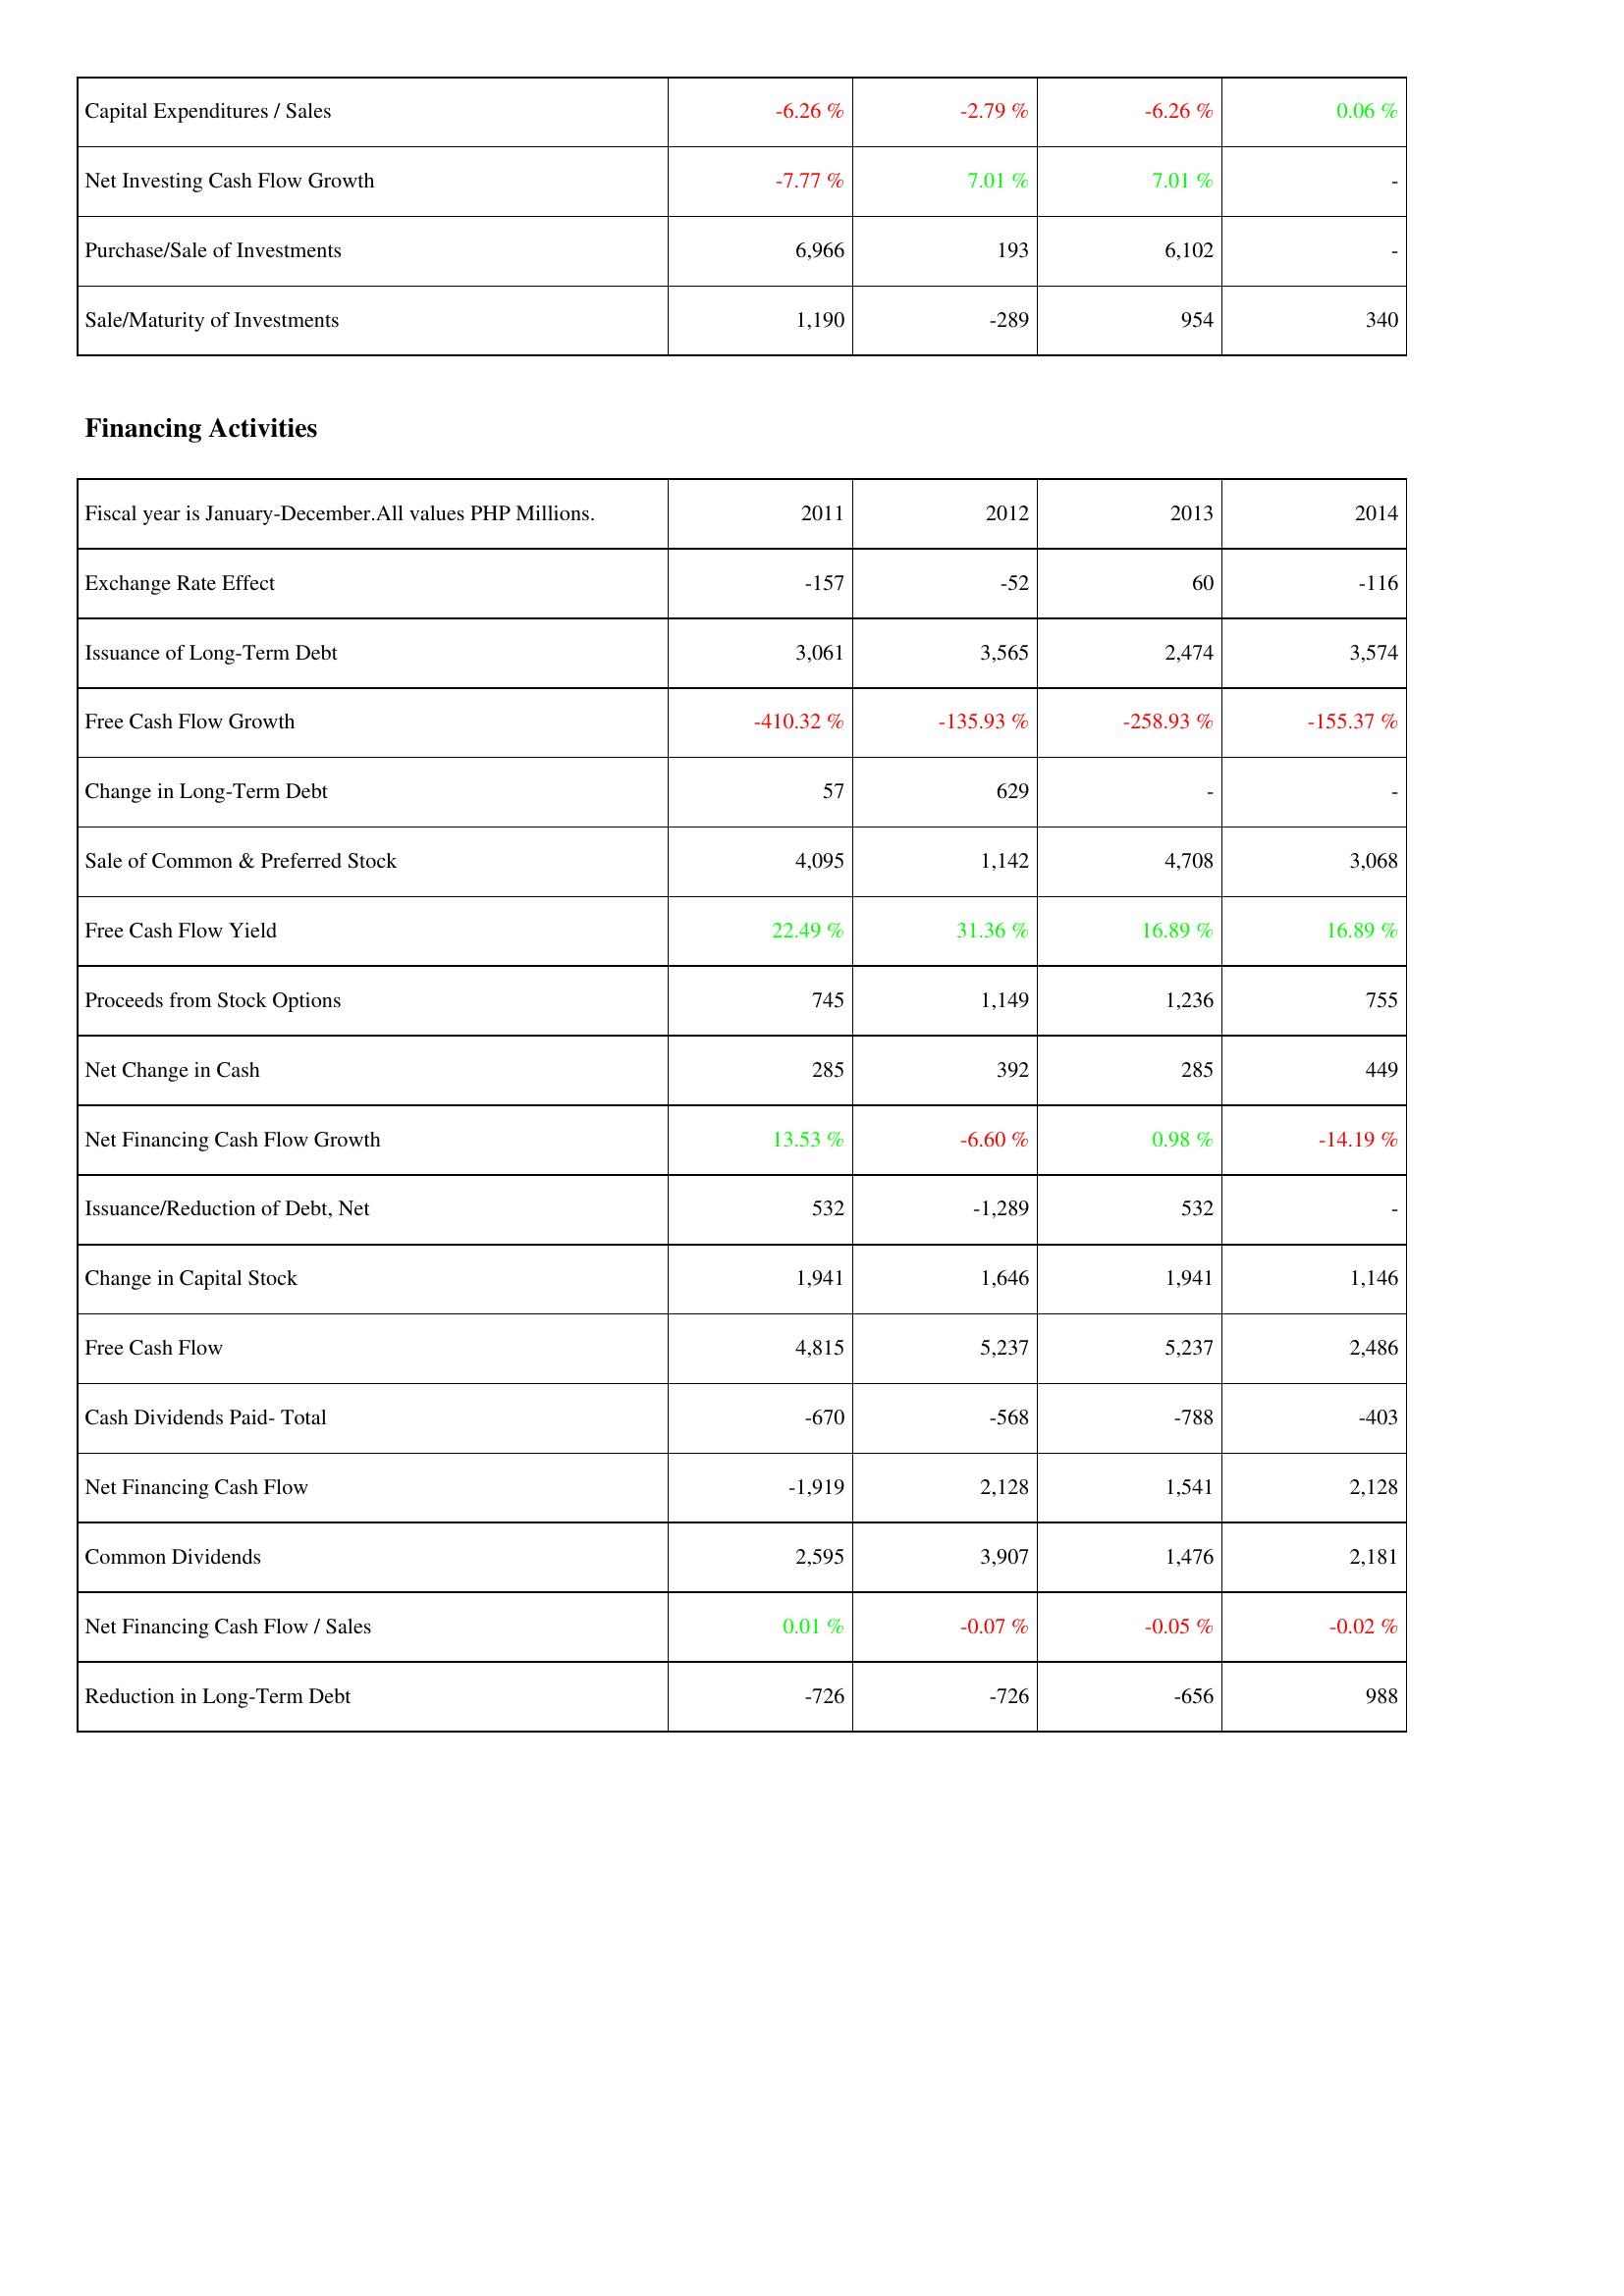
2011: Investing Activities: Capital Expenditures / Sales: -6.26 %
Net Investing Cash Flow Growth: -7.77 %
Purchase/Sale of Investments: 6,966
Sale/Maturity of Investments: 1,190
Financing Activities: Exchange Rate Effect: -157
Issuance of Long-Term Debt: 3,061
Free Cash Flow Growth: -410.32 %
Change in Long-Term Debt: 57
Sale of Common & Preferred Stock: 4,095
Free Cash Flow Yield: 22.49 %
Proceeds from Stock Options: 745
Net Change in Cash: 285
Net Financing Cash Flow Growth: 13.53 %
Issuance/Reduction of Debt, Net: 532
Change in Capital Stock: 1,941
Free Cash Flow: 4,815
Cash Dividends Paid- Total: -670
Net Financing Cash Flow: -1,919
Common Dividends: 2,595
Net Financing Cash Flow / Sales: 0.01 %
Reduction in Long-Term Debt: -726
2012: Investing Activities: Capital Expenditures / Sales: -2.79 %
Net Investing Cash Flow Growth: 7.01 %
Purchase/Sale of Investments: 193
Sale/Maturity of Investments: -289
Financing Activities: Exchange Rate Effect: -52
Issuance of Long-Term Debt: 3,565
Free Cash Flow Growth: -135.93 %
Change in Long-Term Debt: 629
Sale of Common & Preferred Stock: 1,142
Free Cash Flow Yield: 31.36 %
Proceeds from Stock Options: 1,149
Net Change in Cash: 392
Net Financing Cash Flow Growth: -6.60 %
Issuance/Reduction of Debt, Net: -1,289
Change in Capital Stock: 1,646
Free Cash Flow: 5,237
Cash Dividends Paid- Total: -568
Net Financing Cash Flow: 2,128
Common Dividends: 3,907
Net Financing Cash Flow / Sales: -0.07 %
Reduction in Long-Term Debt: -726
2013: Investing Activities: Capital Expenditures / Sales: -6.26 %
Net Investing Cash Flow Growth: 7.01 %
Purchase/Sale of Investments: 6,102
Sale/Maturity of Investments: 954
Financing Activities: Exchange Rate Effect: 60
Issuance of Long-Term Debt: 2,474
Free Cash Flow Growth: -258.93 %
Change in Long-Term Debt: -
Sale of Common & Preferred Stock: 4,708
Free Cash Flow Yield: 16.89 %
Proceeds from Stock Options: 1,236
Net Change in Cash: 285
Net Financing Cash Flow Growth: 0.98 %
Issuance/Reduction of Debt, Net: 532
Change in Capital Stock: 1,941
Free Cash Flow: 5,237
Cash Dividends Paid- Total: -788
Net Financing Cash Flow: 1,541
Common Dividends: 1,476
Net Financing Cash Flow / Sales: -0.05 %
Reduction in Long-Term Debt: -656
2014: Investing Activities: Capital Expenditures / Sales: 0.06 %
Net Investing Cash Flow Growth: -
Purchase/Sale of Investments: -
Sale/Maturity of Investments: 340
Financing Activities: Exchange Rate Effect: -116
Issuance of Long-Term Debt: 3,574
Free Cash Flow Growth: -155.37 %
Change in Long-Term Debt: -
Sale of Common & Preferred Stock: 3,068
Free Cash Flow Yield: 16.89 %
Proceeds from Stock Options: 755
Net Change in Cash: 449
Net Financing Cash Flow Growth: -14.19 %
Issuance/Reduction of Debt, Net: -
Change in Capital Stock: 1,146
Free Cash Flow: 2,486
Cash Dividends Paid- Total: -403
Net Financing Cash Flow: 2,128
Common Dividends: 2,181
Net Financing Cash Flow / Sales: -0.02 %
Reduction in Long-Term Debt: 988